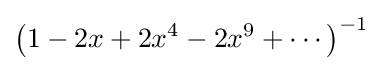
\left(1-2x+2x^{4}-2x^{9}+\cdots \right)^{-1}